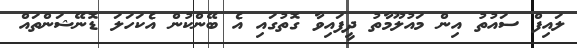
ލައިފް ސައުތު އިން މައުލޫމާތު ދީފައިވާ ގޮތުގައި އެ ބޭންކުން އެކަހަލަ ޑޮނޭޝަންތައް